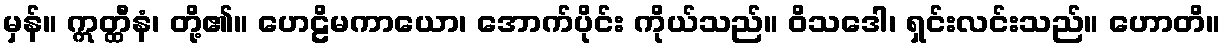
မှန်။ ဣတ္ထီနံ၊ တို့၏။ ဟေဠိမကာယော၊ အောက်ပိုင်း ကိုယ်သည်။ ဝိသဒေါ၊ ရှင်းလင်းသည်။ ဟောတိ။